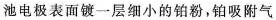
池电极表面镀一层细小的铂粉，铂吸附气